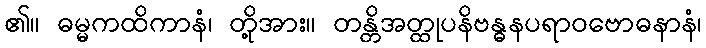
၏။ ဓမ္မကထိကာနံ၊ တို့အား။ တန္တိအတ္ထုပနိဗန္ဓနပရာဝဗောဓနာနံ၊